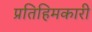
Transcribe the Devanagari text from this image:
प्रतिहिमकारी